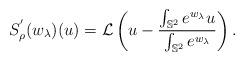
LaTeX: \begin{align*}S^{'}_{\rho}(w_{\lambda})(u)=\mathcal{L}\left(u-\frac{\int_{\mathbb{S}^2}e^{w_{\lambda}}u}{\int_{\mathbb{S}^2}e^{w_{\lambda}}}\right).\end{align*}